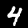
Digit: 4